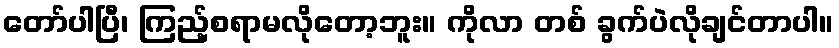
တော်ပါပြီ၊ ကြည့်စရာမလိုတော့ဘူး။ ကိုလာ တစ် ခွက်ပဲလိုချင်တာပါ။